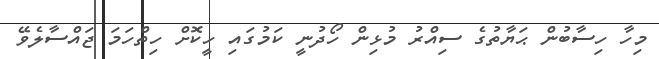
މިހާ ހިސާބުން ޙަޔާތުގެ ސިއްރު މުޅިން ހޯދުނީ ކަމުގައި ހީކޮށް ހިތްހަމަ ޖައްސާލެވޭ